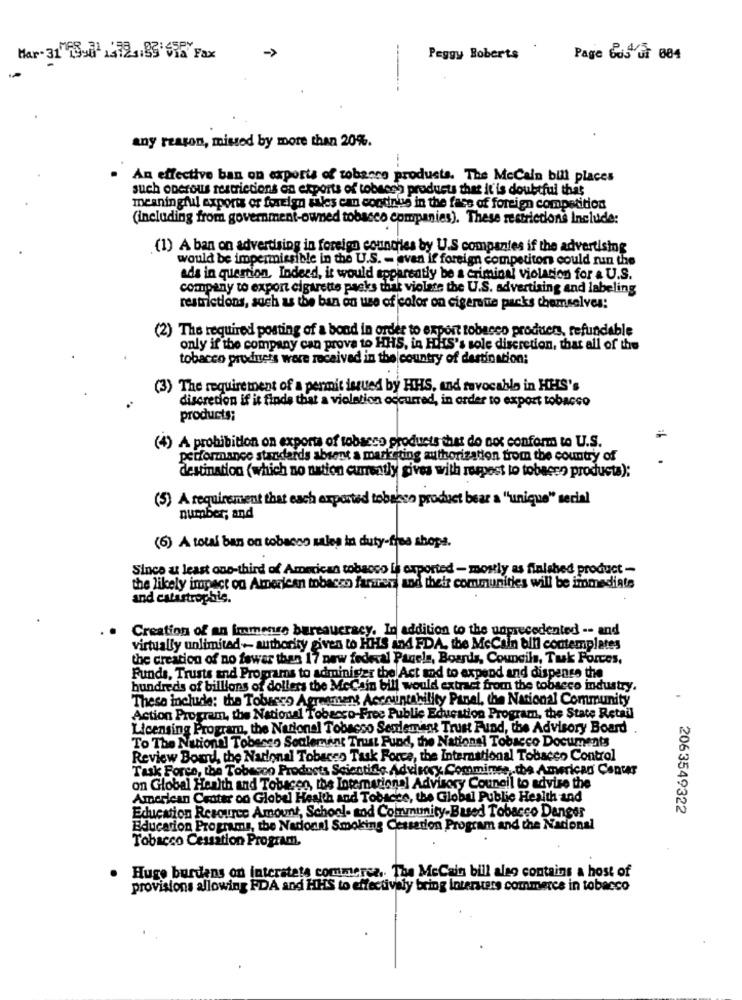
->
Mar- 31 48901 24721.83.69
Peggy Roberts
Page Cos'Gr 084
any reason, missed by more than 20%.
An effective ban on exports of tobacco products. The MeCain bill places
such oncrous restrictions on exports of tobeegh products that it'is doubtful that
meaningful exports or foreign sales can condnue in the face of foreign competition
(including from government-owned tobacco companies). These restrictions Include:
(1) A ban on advertising in foreign countries by U.S companies if the advertising
would be impermissible in the U.S. - even If foreign competiton could run the
ads in question. Indeed, it would apparently be a criminal violation for & U.S.
company to export cigarette packs that violate the U.S. advertising and labeling
restrictions, such as the ban on use of color on cigerate packs themselves:
(2) The required posting of a bond in order to export tobacco products, refundable
only if the company can prove to HHS, in HHS's sole discretion, that all of the
tobacco products ware received in the country of destination:
(3) The requirement of a permit issued by HHS, and revocable in HIS's
discretion if it finds that a violation occurred, in order to export tobacco
products;
(4) A prohibition on exports of tobacco products that do not conform to U.S.
performance standards absent a marketing authorization from the country of
destination (which no nation currently gives with respect to tobeeso producta);
(5) A requirement that each exported tobacco product bear a "unique" serial
number, and
(6) A tous ban on tobacco sales in duty-free shops.
Since u least one-third of American tobacco [i exported - mostly as finished product -
the likely impact on American tobacco farrer and their communities will be immediate
and catastrophic.
Creation of an Immense bureaucracy. In addition to the unprecedented -- and
virtually unlimited- authority given to HHS and FDA, the McCain bill contemplates
the creation of no fewer than 17 new federal Panels, Boards, Councils, Tuk Forces.
Funds, Trusts and Programs to administer the Act and to expend and dispense the
hundreds of billions of dollars the McCain bill would extract from the tobacco industry.
These include: the Tobacco Agreement Accountability Panel, the National Community
Action Program, the National Tobacco-Free Public Education Program, the State Retail
Licensing Program, the National Tobasso Seulement Trust Fund, the Advisory Board
To The National Tobeses Seulement Trust Fund, the National Tobacco Documents
Review Board, the National Tobacco Task Force, the International Tobacco Control
Task Force, the Tobacco Products Scientific Advisory Commimse,the American Center
on Global Hanlth and Tobacen, the Intemational Advisory Council to advise the
American Center on Globel Health and Tobiche, the Global Public Health and
Education Resource Amount, School- and Community-Based Tobacco Danger
2063549322
Education Programs, the National Smoking Cessation Program and the National
Tobacco Cessation Program,
Huge burdens on interstets commerce. The MeCain bill also contains a host of
provisions allowing FDA and HHS to effectively bring interstets commerce in tobacco